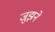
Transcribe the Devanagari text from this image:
जुझने